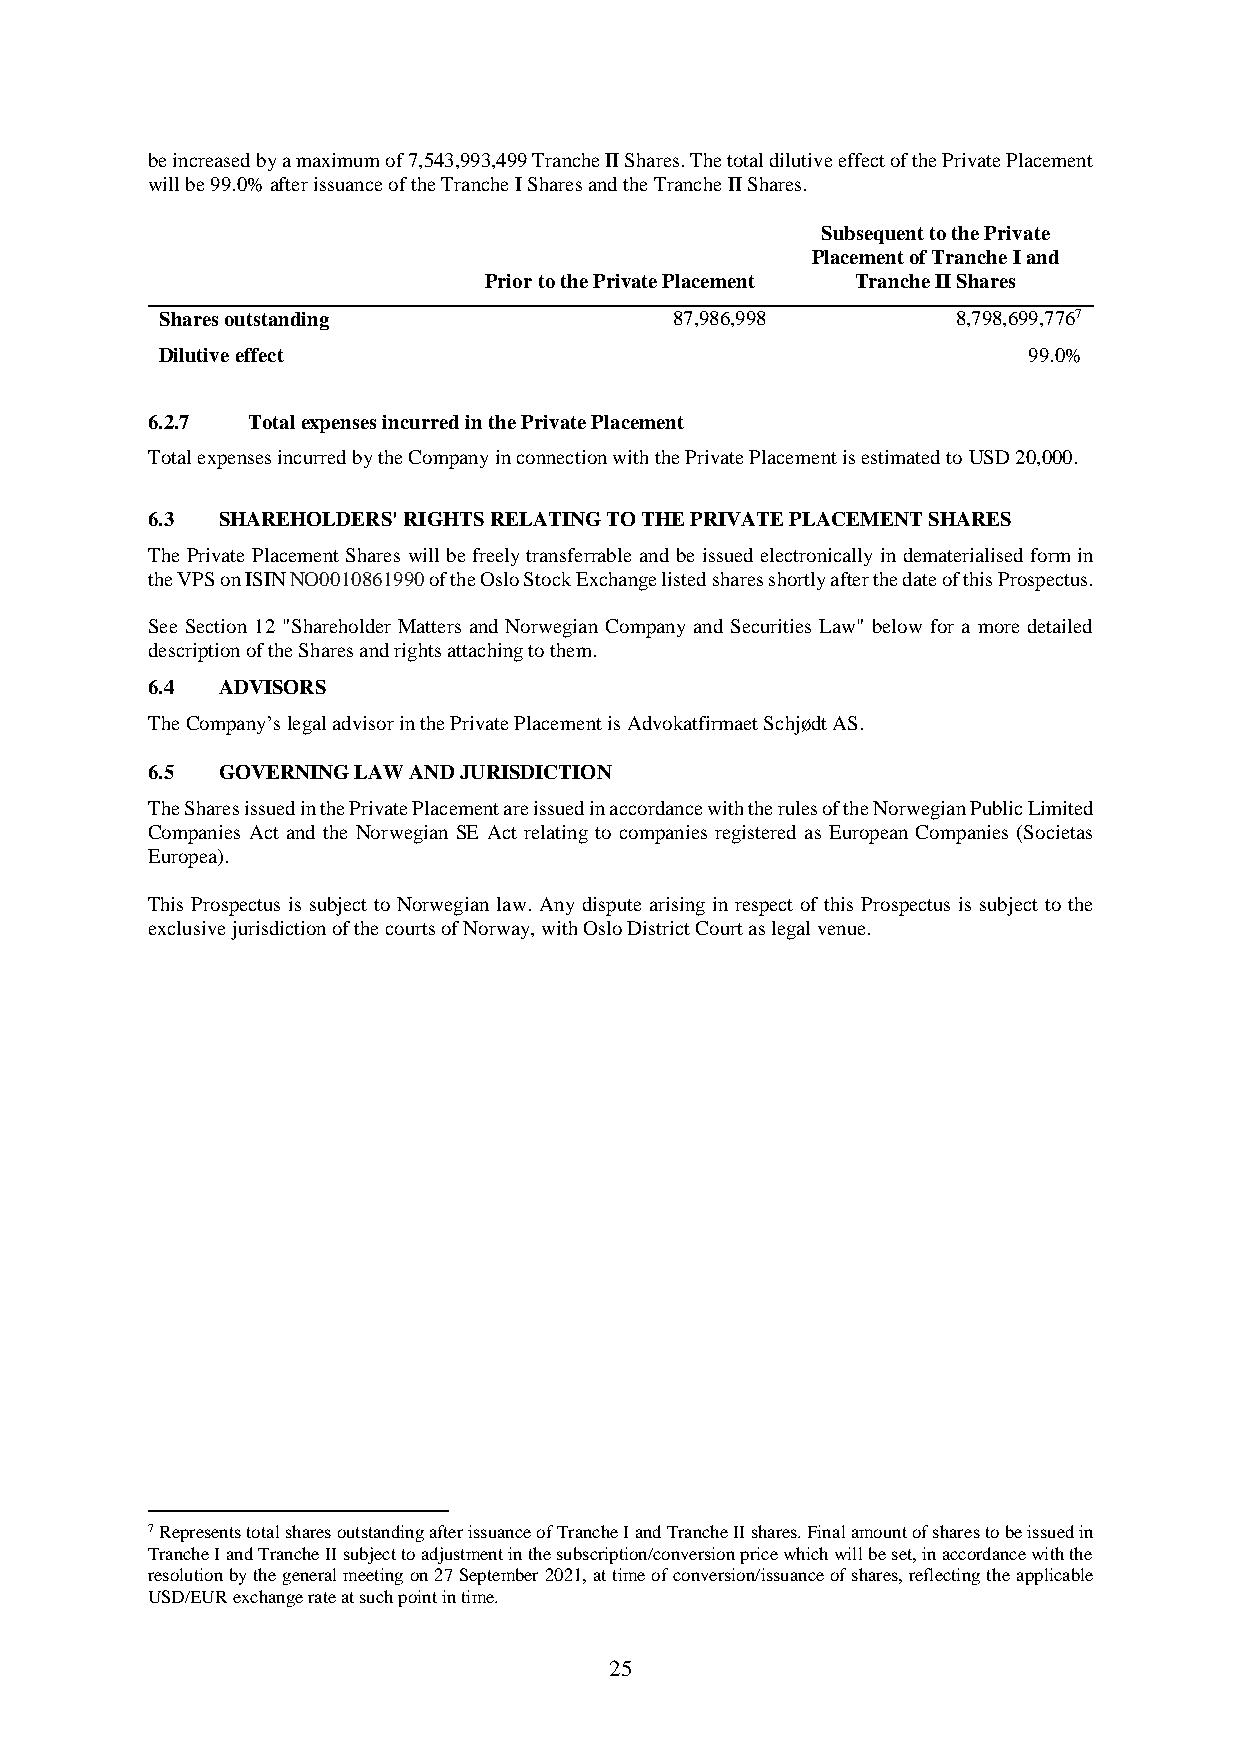
be increased by a maximum of 7,543,993,499 Tranche II Shares. The total dilutive effect of the Private Placement
 will be 99.0% after issuance of the Tranche I Shares and the Tranche II Shares.
 Subsequent to the Private
 Placement of Tranche I and
 Prior to the Private Placement Tranche II Shares
 Shares outstanding                87,986,998        8,798,699,7767
 Dilutive effect                                          99.0%
 6.2.7 Total expenses incurred in the Private Placement
 Total expenses incurred by the Company in connection with the Private Placement is estimated to USD 20,000.
 6.3 SHAREHOLDERS' RIGHTS RELATING TO THE PRIVATE PLACEMENT SHARES
 The Private Placement Shares will be freely transferrable and be issued electronically in dematerialised form in
 the VPS on ISIN NO0010861990 of the Oslo Stock Exchange listed shares shortly after the date of this Prospectus.
 See Section 12 "Shareholder Matters and Norwegian Company and Securities Law" below for a more detailed
 description of the Shares and rights attaching to them.
 6.4 ADVISORS
 The Company’s legal advisor in the Private Placement is Advokatfirmaet Schjødt AS.
 6.5 GOVERNING LAW AND JURISDICTION
 The Shares issued in the Private Placement are issued in accordance with the rules of the Norwegian Public Limited
 Companies Act and the Norwegian SE Act relating to companies registered as European Companies (Societas
 Europea).
 This Prospectus is subject to Norwegian law. Any dispute arising in respect of this Prospectus is subject to the
 exclusive jurisdiction of the courts of Norway, with Oslo District Court as legal venue.
 7 Represents total shares outstanding after issuance of Tranche I and Tranche II shares. Final amount of shares to be issued in
 Tranche I and Tranche II subject to adjustment in the subscription/conversion price which will be set, in accordance with the
 resolution by the general meeting on 27 September 2021, at time of conversion/issuance of shares, reflecting the applicable
 USD/EUR exchange rate at such point in time.
 25